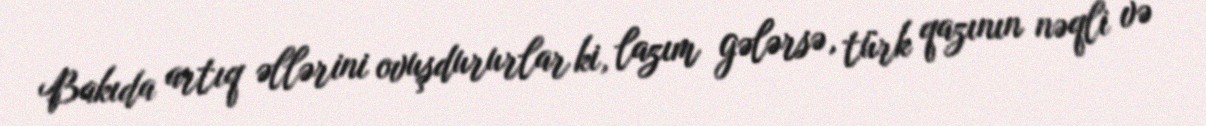
Bakıda artıq əllərini ovuşdururlar ki, lazım gələrsə, türk qazının nəqli və